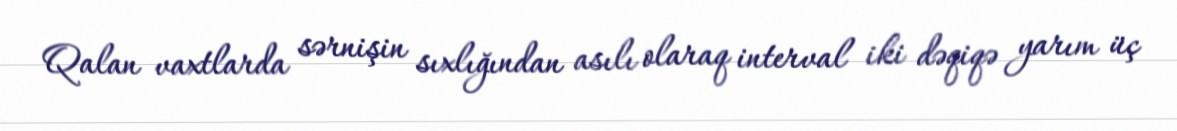
Qalan vaxtlarda sərnişin sıxlığından asılı olaraq interval iki dəqiqə yarım üç